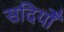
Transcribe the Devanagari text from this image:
सदियोँ